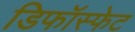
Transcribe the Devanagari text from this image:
डिफॉस्फेट